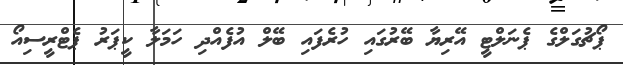
ޕޯޗުގަލްގެ ޕެނަލްޓީ އޭރިޔާ ބޭރުގައި ހުރެފައި ބޭލް އުފެއްދި ހަމަލާ ކީޕަރު ޕެޓްރީސިއޯ